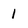
Character: 1